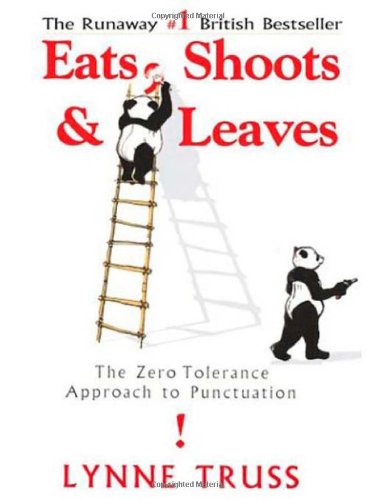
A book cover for Eats, Shoots & Leaves: The Zero Tolerance Approach to Punctuation; Lynne Truss; Humor & Entertainment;